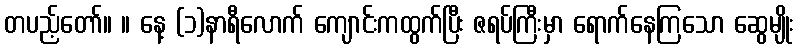
တပည့်တော်။ ။ နေ့ (၁)နာရီလောက် ကျောင်းကထွက်ပြီး ဇရပ်ကြီးမှာ ရောက်နေကြသော ဆွေမျိုး